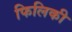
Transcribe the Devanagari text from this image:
फिलिकी